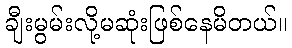
ချီးမွမ်းလို့မဆုံးဖြစ်နေမိတယ်။